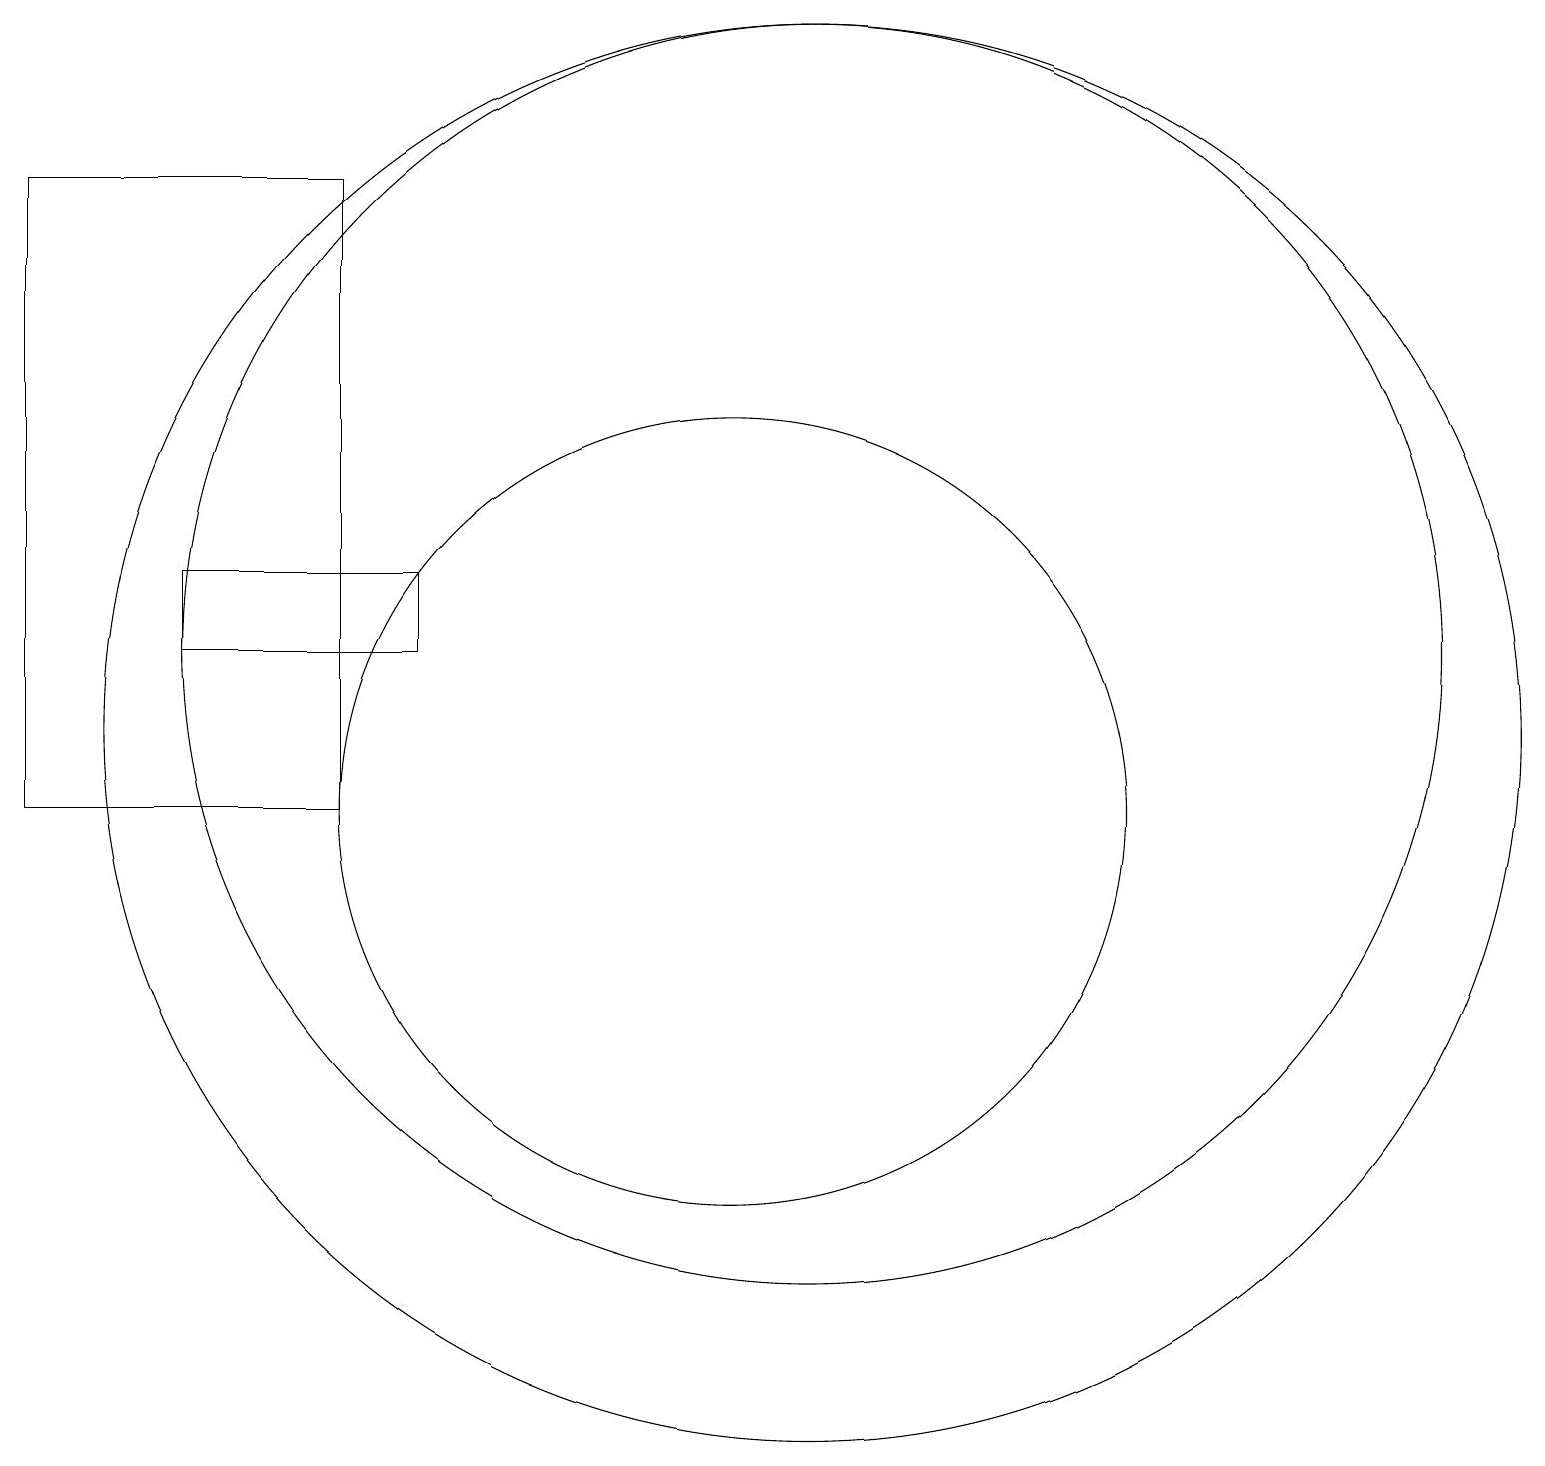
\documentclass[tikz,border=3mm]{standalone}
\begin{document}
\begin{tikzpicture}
\draw (11,12) circle (8);
\draw (5,18) rectangle (1,10);
\draw (10,10) circle (5);
\draw (11,11) circle (9);
\draw (3,12) rectangle (6,13);
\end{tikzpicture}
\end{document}